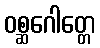
ဝစ္ဆဂေါတ္တေ